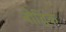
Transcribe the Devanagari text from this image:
बौद्घिक